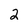
Character: 2